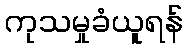
ကုသမှုခံယူရန်